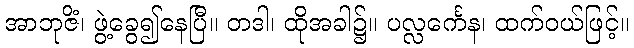
အာဘုဇိံ၊ ဖွဲ့ခွေ၍နေပြီ။ တဒါ၊ ထိုအခါ၌။ ပလ္လင်္ကေန၊ ထက်ဝယ်ဖြင့်။